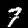
Label: 7